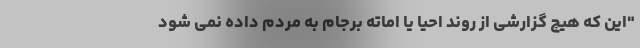
"این که هیچ گزارشی از روند احیا یا اماته برجام به مردم داده نمی شود